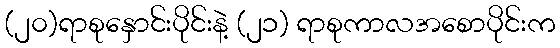
(၂၀)ရာစုနှောင်းပိုင်းနဲ့ (၂၁) ရာစုကာလအစောပိုင်းက